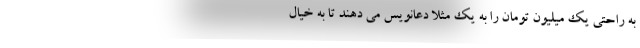
به راحتی یک میلیون تومان را به یک مثلا دعانویس می دهند تا به خیال